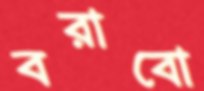
বরাবো